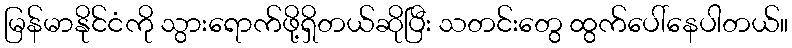
မြန်မာနိုင်ငံကို သွားရောက်ဖို့ရှိတယ်ဆိုပြီး သတင်းတွေ ထွက်ပေါ်နေပါတယ်။